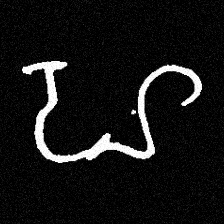
Pyu character \u2014 Myanmar letter: ဟ (romanized: ha)